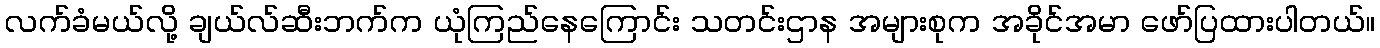
လက်ခံမယ်လို့ ချယ်လ်ဆီးဘက်က ယုံကြည်နေကြောင်း သတင်းဌာန အများစုက အခိုင်အမာ ဖော်ပြထားပါတယ်။